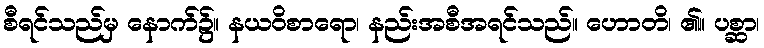
စီရင်သည်မှ နောက်၌။ နယဝိစာရော၊ နည်းအစီအရင်သည်။ ဟောတိ၊ ၏။ ပစ္ဆာ၊